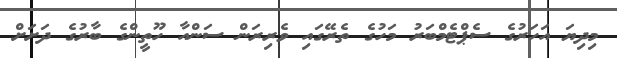
މިދިޔަ އަހަރުގެ ސެޕްޓެމްބަރު މަހުގެ ތެރޭގައި ވެރިރަން ސަންއާ ހޫތީންގެ ބާރުގެ ދަށަށް